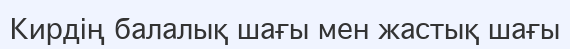
Кирдің балалық шағы мен жастық шағы